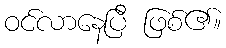
ဝင်လာနေပြီ ဖြစ်၏။